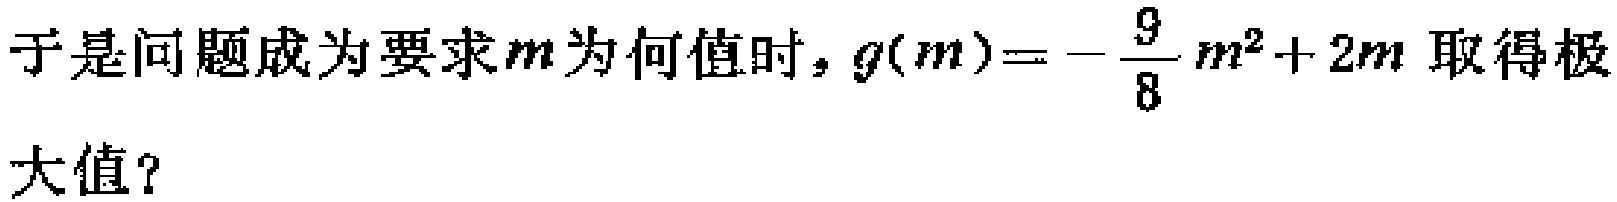
于是问题成为要求\(m\)为何值时，\(g(m)=-\frac{9}{8}m^{2}+2m\)取得极大值？